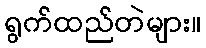
ရွက်ထည်တဲများ။